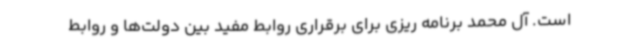
است. آل محمد برنامه ریزی برای برقراری روابط مفید بین دولت‌ها و روابط